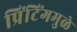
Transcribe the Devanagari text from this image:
प्रिंटिंगमुळे